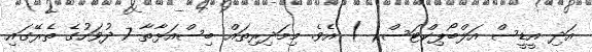
އަދި އީޑީސް އަލްބޯޕިކްޓަސް( ) އެވެ. މިމަދިރިތައް ބިސްއަޅާތާ 7 ދުވަހުގެ ތެރޭގައި